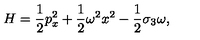
H = \frac { 1 } { 2 } p _ { x } ^ { 2 } + \frac { 1 } { 2 } \omega ^ { 2 } x ^ { 2 } - \frac { 1 } { 2 } \sigma _ { 3 } \omega ,